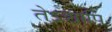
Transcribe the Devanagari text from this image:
तेऽद्यापि